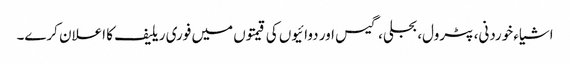
اشیاء خوردنی، پٹرول، بجلی، گیس اور دوائیوں کی قیمتوں میں فوری ریلیف کا اعلان کرے۔